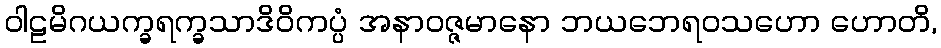
ဝါဠမိဂယက္ခရက္ခသာဒိဝိကပ္ပံ အနာဝဇ္ဇမာနော ဘယဘေရဝသဟော ဟောတိ,